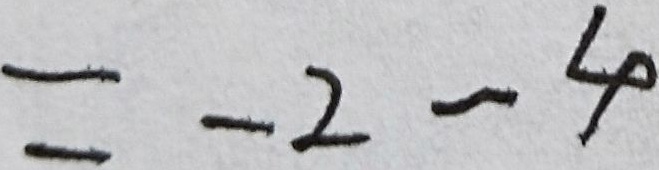
= - 2 - 4